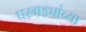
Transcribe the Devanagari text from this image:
घरगड्यांच्या